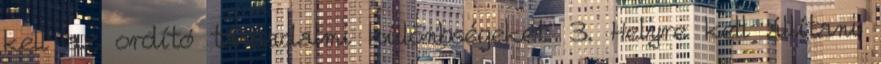
kell az ordító társadalmi különbségeket. 3. Helyre kell állítani